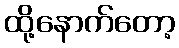
ထို့နောက်တော့